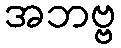
အဘဗ္ဗ